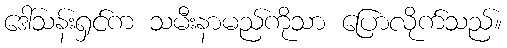
ဒေါ်သန်းရှင်က သမီးနာမည်ကိုသာ ပြောလိုက်သည်။